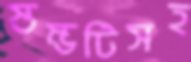
স্তম্ভটিসহ